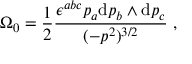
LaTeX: \Omega _ { 0 } = \frac { 1 } { 2 } \frac { \epsilon ^ { a b c } p _ { a } \mathrm { d } p _ { b } \land \mathrm { d } p _ { c } } { ( - p ^ { 2 } ) ^ { 3 / 2 } } \; ,